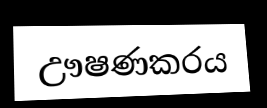
ඌෂණකරය